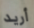
أريد